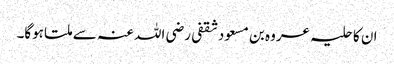
ان کا حلیہ عروہ بن مسعود ثقفی رضی اللہ عنہ سے ملتا ہوگا۔